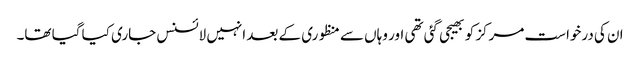
ان کی درخواست مرکز کو بھیجی گئی تھی اور وہاں سے منظوری کے بعد انہیں لائسنس جاری کیا گیا تھا۔